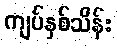
ကျပ်နှစ်သိန်း